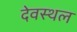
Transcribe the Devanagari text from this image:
देवस्थल